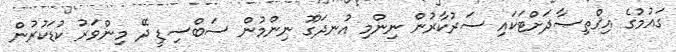
ގައުމުގެ އިޤްތިޞާދަށްޓަކައި ސަރުކާރުން ނިންމި އުނދަގޫ ނިންމުން ސަބްސިޑީ ދޭ މިންވަރު ކުޑަކުރުން